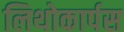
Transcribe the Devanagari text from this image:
लिथोकार्पस